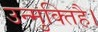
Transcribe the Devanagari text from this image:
उन्मुक्तिहै।